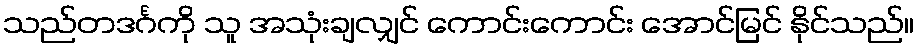
သည်တဒင်္ဂကို သူ အသုံးချလျှင် ကောင်းကောင်း အောင်မြင် နိုင်သည်။